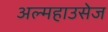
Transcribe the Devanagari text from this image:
अल्महाउसेज